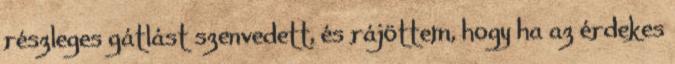
részleges gátlást szenvedett, és rájöttem, hogy ha az érdekes